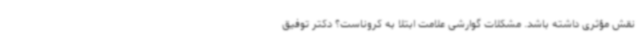
نقش مؤثری داشته باشد. مشکلات گوارشی علامت ابتلا به کروناست؟ دکتر توفیق